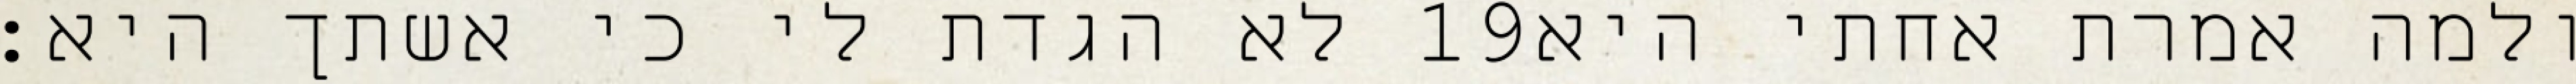
לא הגדת לי כי אשתך היא׃ ‎19‏ ולמה אמרת אחתי היא